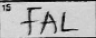
Transcription: FAL